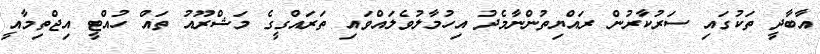
އާބާދީ ތަކުގައި ސަރުކާރުން ރައްޔިތުންނާމެދު އިހުމާލުވެލައްވައި ތަރައްގީގެ މަޝްރޫއު ތައް ހުއްޓީ އިޖްތިމާއީ